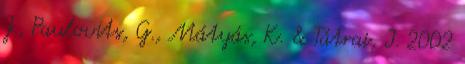
J., Paulovits, G., Mátyás, K. & Tátrai, I. 2002